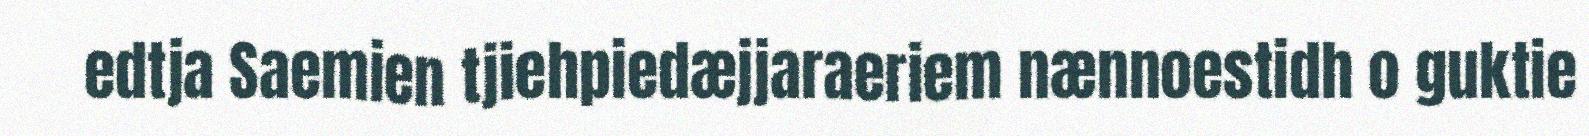
edtja Saemien tjiehpiedæjjaraeriem nænnoestidh o guktie